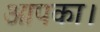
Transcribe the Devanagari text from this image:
आपका।